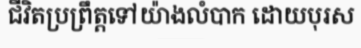
ជីវិតប្រព្រឹត្តទៅយ៉ាងលំបាក ដោយបុរស